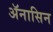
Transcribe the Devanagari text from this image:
ॲनासिन